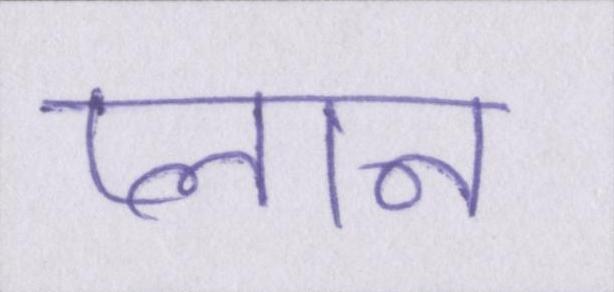
प्लान